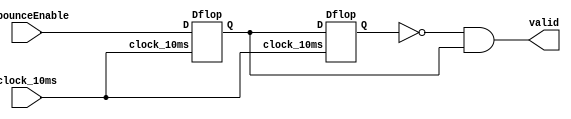
module Debounce(
	input clock_10ms,
	input debounceEnable,
	output wire valid
	);
//Debounce makes use of 2 D flip flops that compare the signal to see if it is valid or not.
wire prePreValid, preValid, notPreValid;
Dflop d1(clock_10ms, debounceEnable, prePreValid);
Dflop d2(clock_10ms, prePreValid, preValid);

assign notPreValid = ~preValid;
assign valid = notPreValid & prePreValid;

endmodule

module Dflop(
	input clock_10ms,
	input D,
	output reg Q
);

always @ (posedge clock_10ms) begin
	Q <= D;
end

endmodule